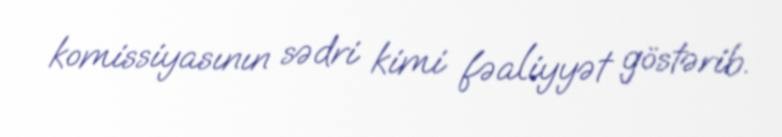
komissiyasının sədri kimi fəaliyyət göstərib.